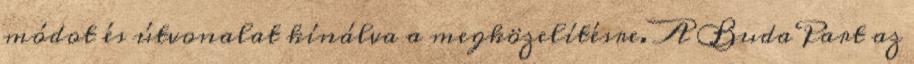
módot és útvonalat kínálva a megközelítésre. A BudaPart az